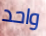
واحد